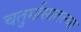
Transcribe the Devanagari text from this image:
चतुर्मासातल्या